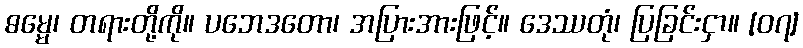
ဓမ္မေ၊ တရားတို့ကို။ ပဘေဒတော၊ အပြားအားဖြင့်။ ဒေဿတုံ၊ ပြခြင်းငှာ။ [၀၇]